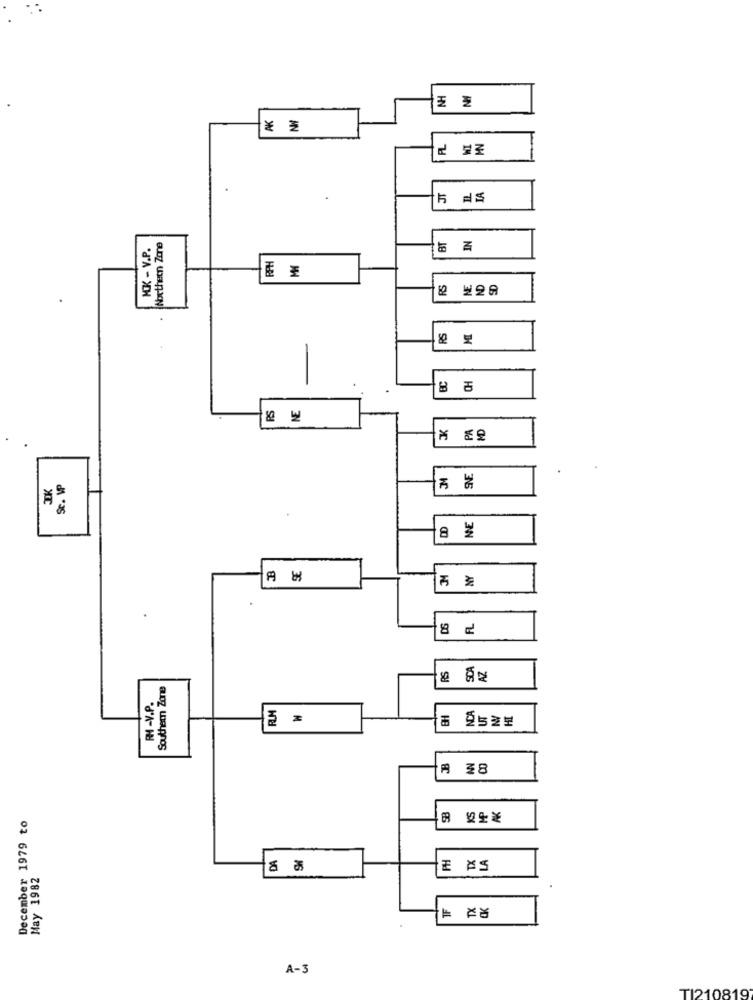
NH
AK
JT
TA
HK - V.P.
Northetn Zone
IN
RPH
오 보오分
BC
CH
8 6
NE
K
M
SE
IK
Sc. MP
DD
NE
B
NY
SCA
Southern Zone
RH -V.P.
RLM
BH
NA
A 38
December 1979 to
DA
May 1982
E AS
A-3
TI210819